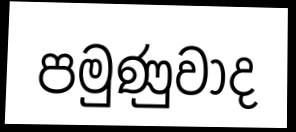
පමුණුවාද